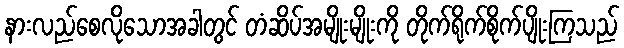
နားလည်စေလိုသောအခါတွင် တံဆိပ်အမျိုးမျိုးကို တိုက်ရိုက်စိုက်ပျိုးကြသည်